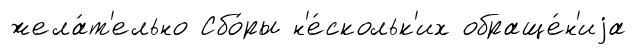
жела́т'ельно Сбо́ры н'е́скольк'их обраще́н'иjа